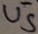
Text: U5-